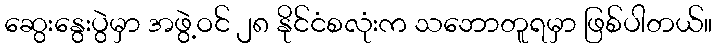
ဆွေးနွေးပွဲမှာ အဖွဲ့ဝင် ၂၈ နိုင်ငံစလုံးက သဘောတူရမှာ ဖြစ်ပါတယ်။